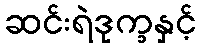
ဆင်းရဲဒုက္ခနှင့်